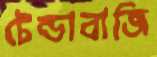
টেন্ডাবাজি